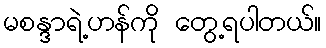
မစန္ဒာရဲ့ဟန်ကို တွေ့ရပါတယ်။